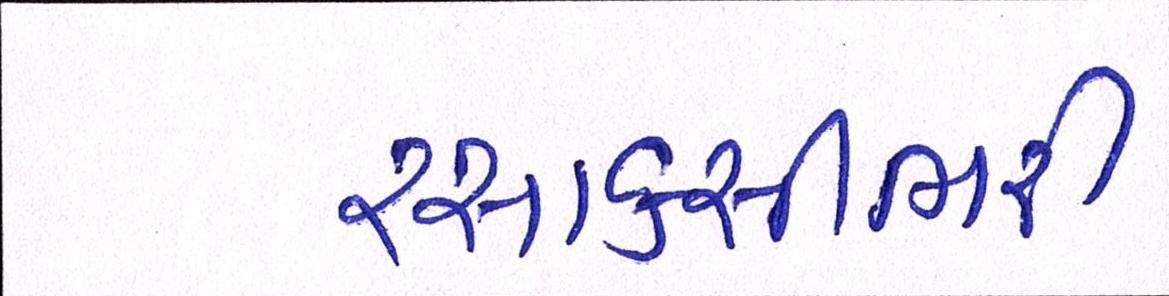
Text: રસાકસીભરી